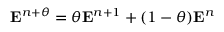
\mathbf { E } ^ { n + \theta } = \theta \mathbf { E } ^ { n + 1 } + ( 1 - \theta ) \mathbf { E } ^ { n }